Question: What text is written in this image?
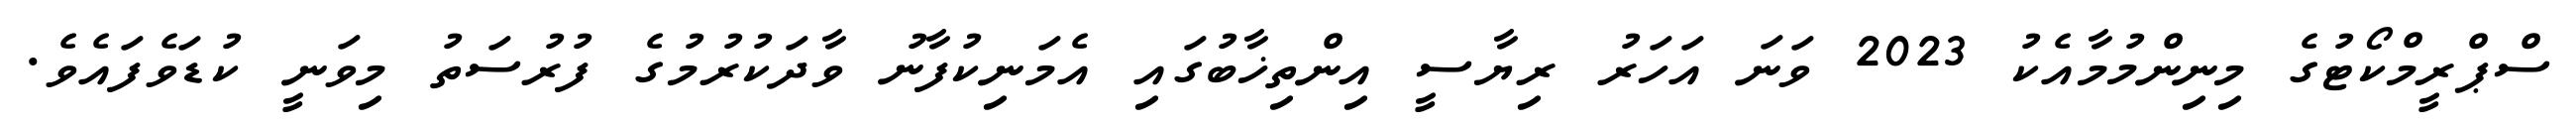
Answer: ސްޕްރީމްކޯޓުގެ މިނިންމުމާއެކު 2023 ވަނަ އަހަރު ރިޔާސީ އިންތިޚާބުގައި އެމަނިކުފާނު ވާދަކުރުމުގެ ފުރުސަތު މިވަނީ ކުޑަވެފައެވެ.